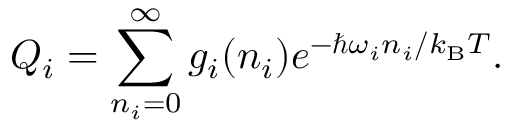
Q _ { i } = \sum _ { n _ { i } = 0 } ^ { \infty } g _ { i } ( n _ { i } ) e ^ { - \hbar \omega _ { i } n _ { i } / k _ { \mathrm { B } } T } .